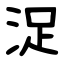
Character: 浞